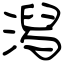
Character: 潟